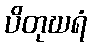
ပိတုဃရံ